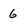
Character: 6